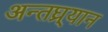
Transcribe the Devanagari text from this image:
अन्तघ्र्यान